Indian journal of veterinary science and animal husbandry - Volume 7,
Year: 1937
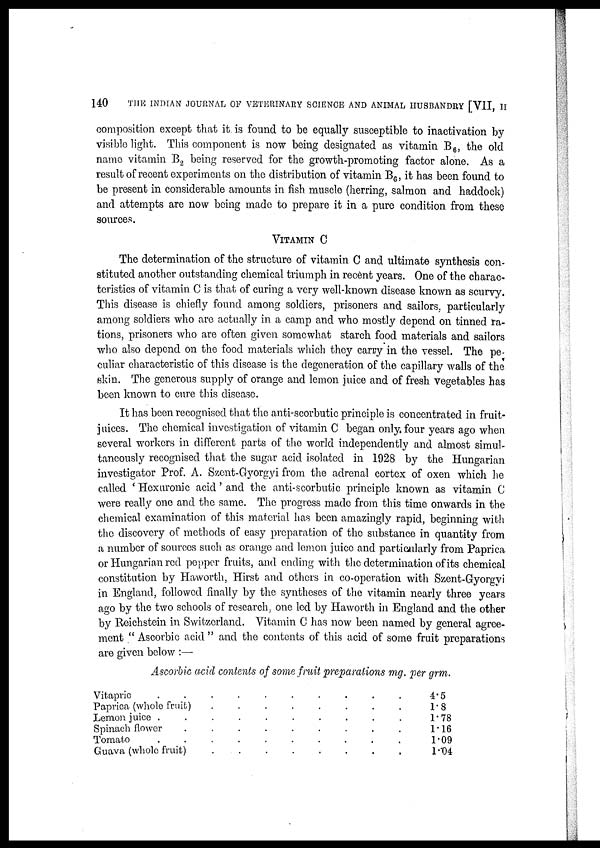
140
THE INDIAN JOURNAL OF VETERINARY SCIENCE AND ANIMAL HUSBANDRY [VII, II
composition except that it is found to be equally susceptible to inactivation by
visible light. This component is now being designated as vitamin B 6 , the old
name vitamin B 2 being reserved for the growth-promoting factor alone. As a
result of recent experiments on the distribution of vitamin B 6 , it has been found to
be present in considerable amounts in fish muscle (herring, salmon and haddock)
and attempts are now being made to prepare it in a pure condition from these
sources.
VITAMIN C
The determination of the structure of vitamin C and ultimate synthesis con-
stituted another outstanding chemical triumph in recent years. One of the charac-
teristics of vitamin C is that of curing a very well-known disease known as scurvy.
This disease is chiefly found among soldiers, prisoners and sailors, particularly
among soldiers who are actually in a camp and who mostly depend on tinned ra-
tions, prisoners who are often given somewhat starch food materials and sailors
who also depend on the food materials which they carry in the vessel. The pe-
culiar characteristic of this disease is the degeneration of the capillary walls of the
skin. The generous supply of orange and lemon juice and of fresh vegetables has
been known to cure this disease.
It has been recognised that the anti-scorbutic principle is concentrated in fruit-
juices. The chemical investigation of vitamin C began only, four years ago when
several workers in different parts of the world independently and almost simul-
taneously recognised that the sugar acid isolated in 1928 by the Hungarian
investigator Prof. A. Szent-Gyorgyi from the adrenal cortex of oxen which he
called ' Hexuronic acid ' and the anti-scorbutic principle known as vitamin C
were really one and the same. The progress made from this time onwards in the
chemical examination of this material has been amazingly rapid, beginning with
the discovery of methods of easy preparation of the substance in quantity from
a number of sources such as orange and lemon juice and particularly from Paprica
or Hungarian red pepper fruits, and ending with the determination of its chemical
constitution by Haworth, Hirst and others in co-operation with Szent-Gyorgyi
in England, followed finally by the syntheses of the vitamin nearly three years
ago by the two schools of research, one led by Haworth in England and the other
by Reichstein in Switzerland. Vitamin C has now been named by general agree-
ment " Ascorbic acid " and the contents of this acid of some fruit preparations
are given below :—
Ascorbic acid contents of some fruit preparations mg. per grm.
Vitapric . . . . . . . . . .
Paprica (whole fruit) . . . . . . . . .
Lemon juice . . . . . . . . . . . .
Spinach flower . . . . . . . . . .
Tomato . . . . . . . . . . . .
Guava (whole fruit) . . . . . . . . .
4.5
1.8
1.78
1.16
1.09
1.04